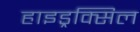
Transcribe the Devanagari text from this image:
हाइड्रक्सिल